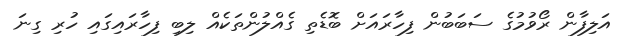
އަލިފާން ރޯވުމުގެ ސަބަބުން ފިހާރައަށް ބޮޑެތި ގެއްލުންތަކެއް ލިބި ފިހާރައިގައި ހުރި ގިނަ